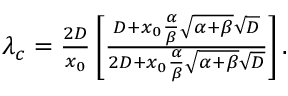
\begin{array} { r } { \lambda _ { c } = \frac { 2 D } { x _ { 0 } } \left[ \frac { D + x _ { 0 } \frac { \alpha } { \beta } \sqrt { \alpha + \beta } \sqrt { D } } { 2 D + x _ { 0 } \frac { \alpha } { \beta } \sqrt { \alpha + \beta } \sqrt { D } } \right] . } \end{array}